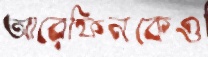
আরেফিনকেও